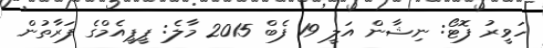
ހަވީރު ފޮޓޯ: ނިޝާން އަލީ 19 ފެބް 2015 މާލެ: ޕީޕީއެމްގެ ފަރާތުން